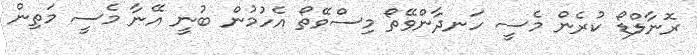
ރޮނާލްޑޯ ކުރެން މެސީ ހަނދާންވޭތޯ މިސްވޭތޯ އެހުމުން ބުނީ އޭނާ މެސީ މަތިން